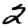
Digit: 2